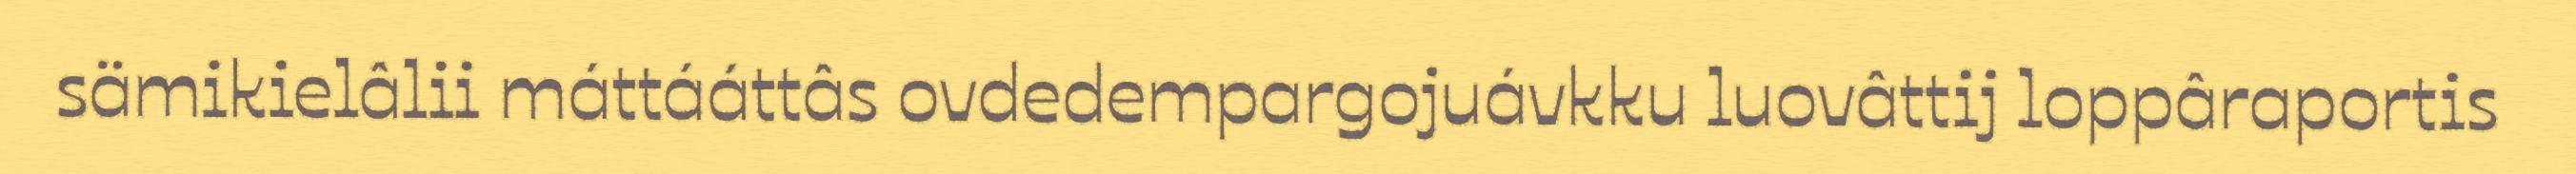
sämikielâlii máttááttâs ovdedempargojuávkku luovâttij loppâraportis